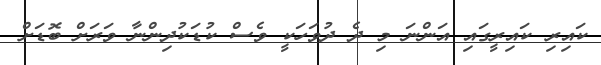
ކައިރި ކައިރީގައި އަންނަ މި ދެ ދުވަހަކީ ވެސް ކުޑަކުދިންނާ ވަރަށް ބޮޑަށް